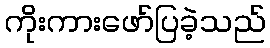
ကိုးကားဖော်ပြခဲ့သည်